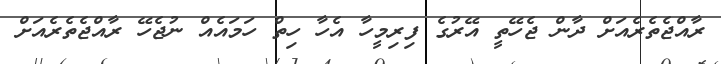
ރާއްޖެތެރެއަށް ދާން ޖެހޭތީ އޭރުގެ ފިރިމީހާ އެހާ ހިތް ހަމައެއް ނުޖެހޭ ރާއްޖެތެރެއަށް